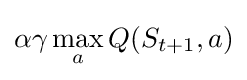
\alpha \gamma \max _{a}Q(S_{t+1},a)